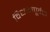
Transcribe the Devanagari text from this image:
विधानपूर्वक